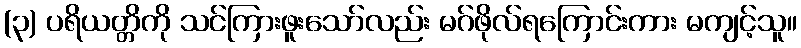
(၃) ပရိယတ္တိကို သင်ကြားဖူးသော်လည်း မဂ်ဖိုလ်ရကြောင်းကား မကျင့်သူ။